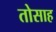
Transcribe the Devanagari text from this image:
तोसाह